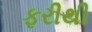
ફરીથી